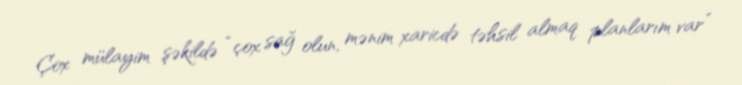
Çox mülayim şəkildə “çox sağ olun, mənim xaricdə təhsil almaq planlarım var”